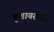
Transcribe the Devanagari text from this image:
मुशायराचा